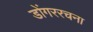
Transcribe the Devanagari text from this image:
डोंगररचना